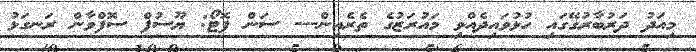
މިއަދު ދަރުބާރުގޭގައި ހުޅުވައިދެއްވި މައުރަޒުގެ ތެރެއިން--- ސަން ފޮޓޯ: ޔޫސުފް ސޮފްވާން ރަނގަޅު